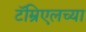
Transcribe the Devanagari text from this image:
टॅम्रिएलच्या